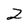
Character: 2